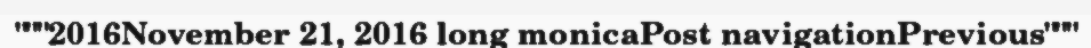
"""2016November 21, 2016 long monicaPost navigationPrevious"""